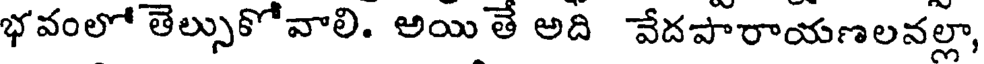
భవంలో తెల్సుకోవాలి. అయి తే అది వేదపారాయణలనల్లా,